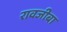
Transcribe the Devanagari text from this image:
रावजीबा